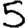
Digit: 5